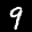
Digit: 9